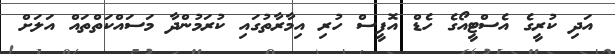
އަދި ކުރީގެ އެސްޓީއޯގެ ހެޑް އޮފީސް ހުރި އިމާރާތުގައި ކުރަމުންދާ މަސައްކަތްތައް އަލަށް